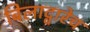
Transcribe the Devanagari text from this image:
बिलाद्वारेच